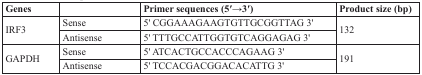
<table><thead><tr><td><b>Genes</b></td><td></td><td><b>Primer sequences (5′→3′)</b></td><td><b>Product size (bp)</b></td></tr></thead><tbody><tr><td rowspan="2">IRF3</td><td>Sense</td><td>5′ CGGAAAGAAGTGTTGCGGTTAG 3′</td><td rowspan="2">132</td></tr><tr><td>Antisense</td><td>5′ TTTGCCATTGGTGTCAGGAGAG 3′</td></tr><tr><td rowspan="2">GAPDH</td><td>Sense</td><td>5′ ATCACTGCCACCCAGAAG 3′</td><td rowspan="2">191</td></tr><tr><td>Antisense</td><td>5′ TCCACGACGGACACATTG 3′</td></tr></tbody></table>